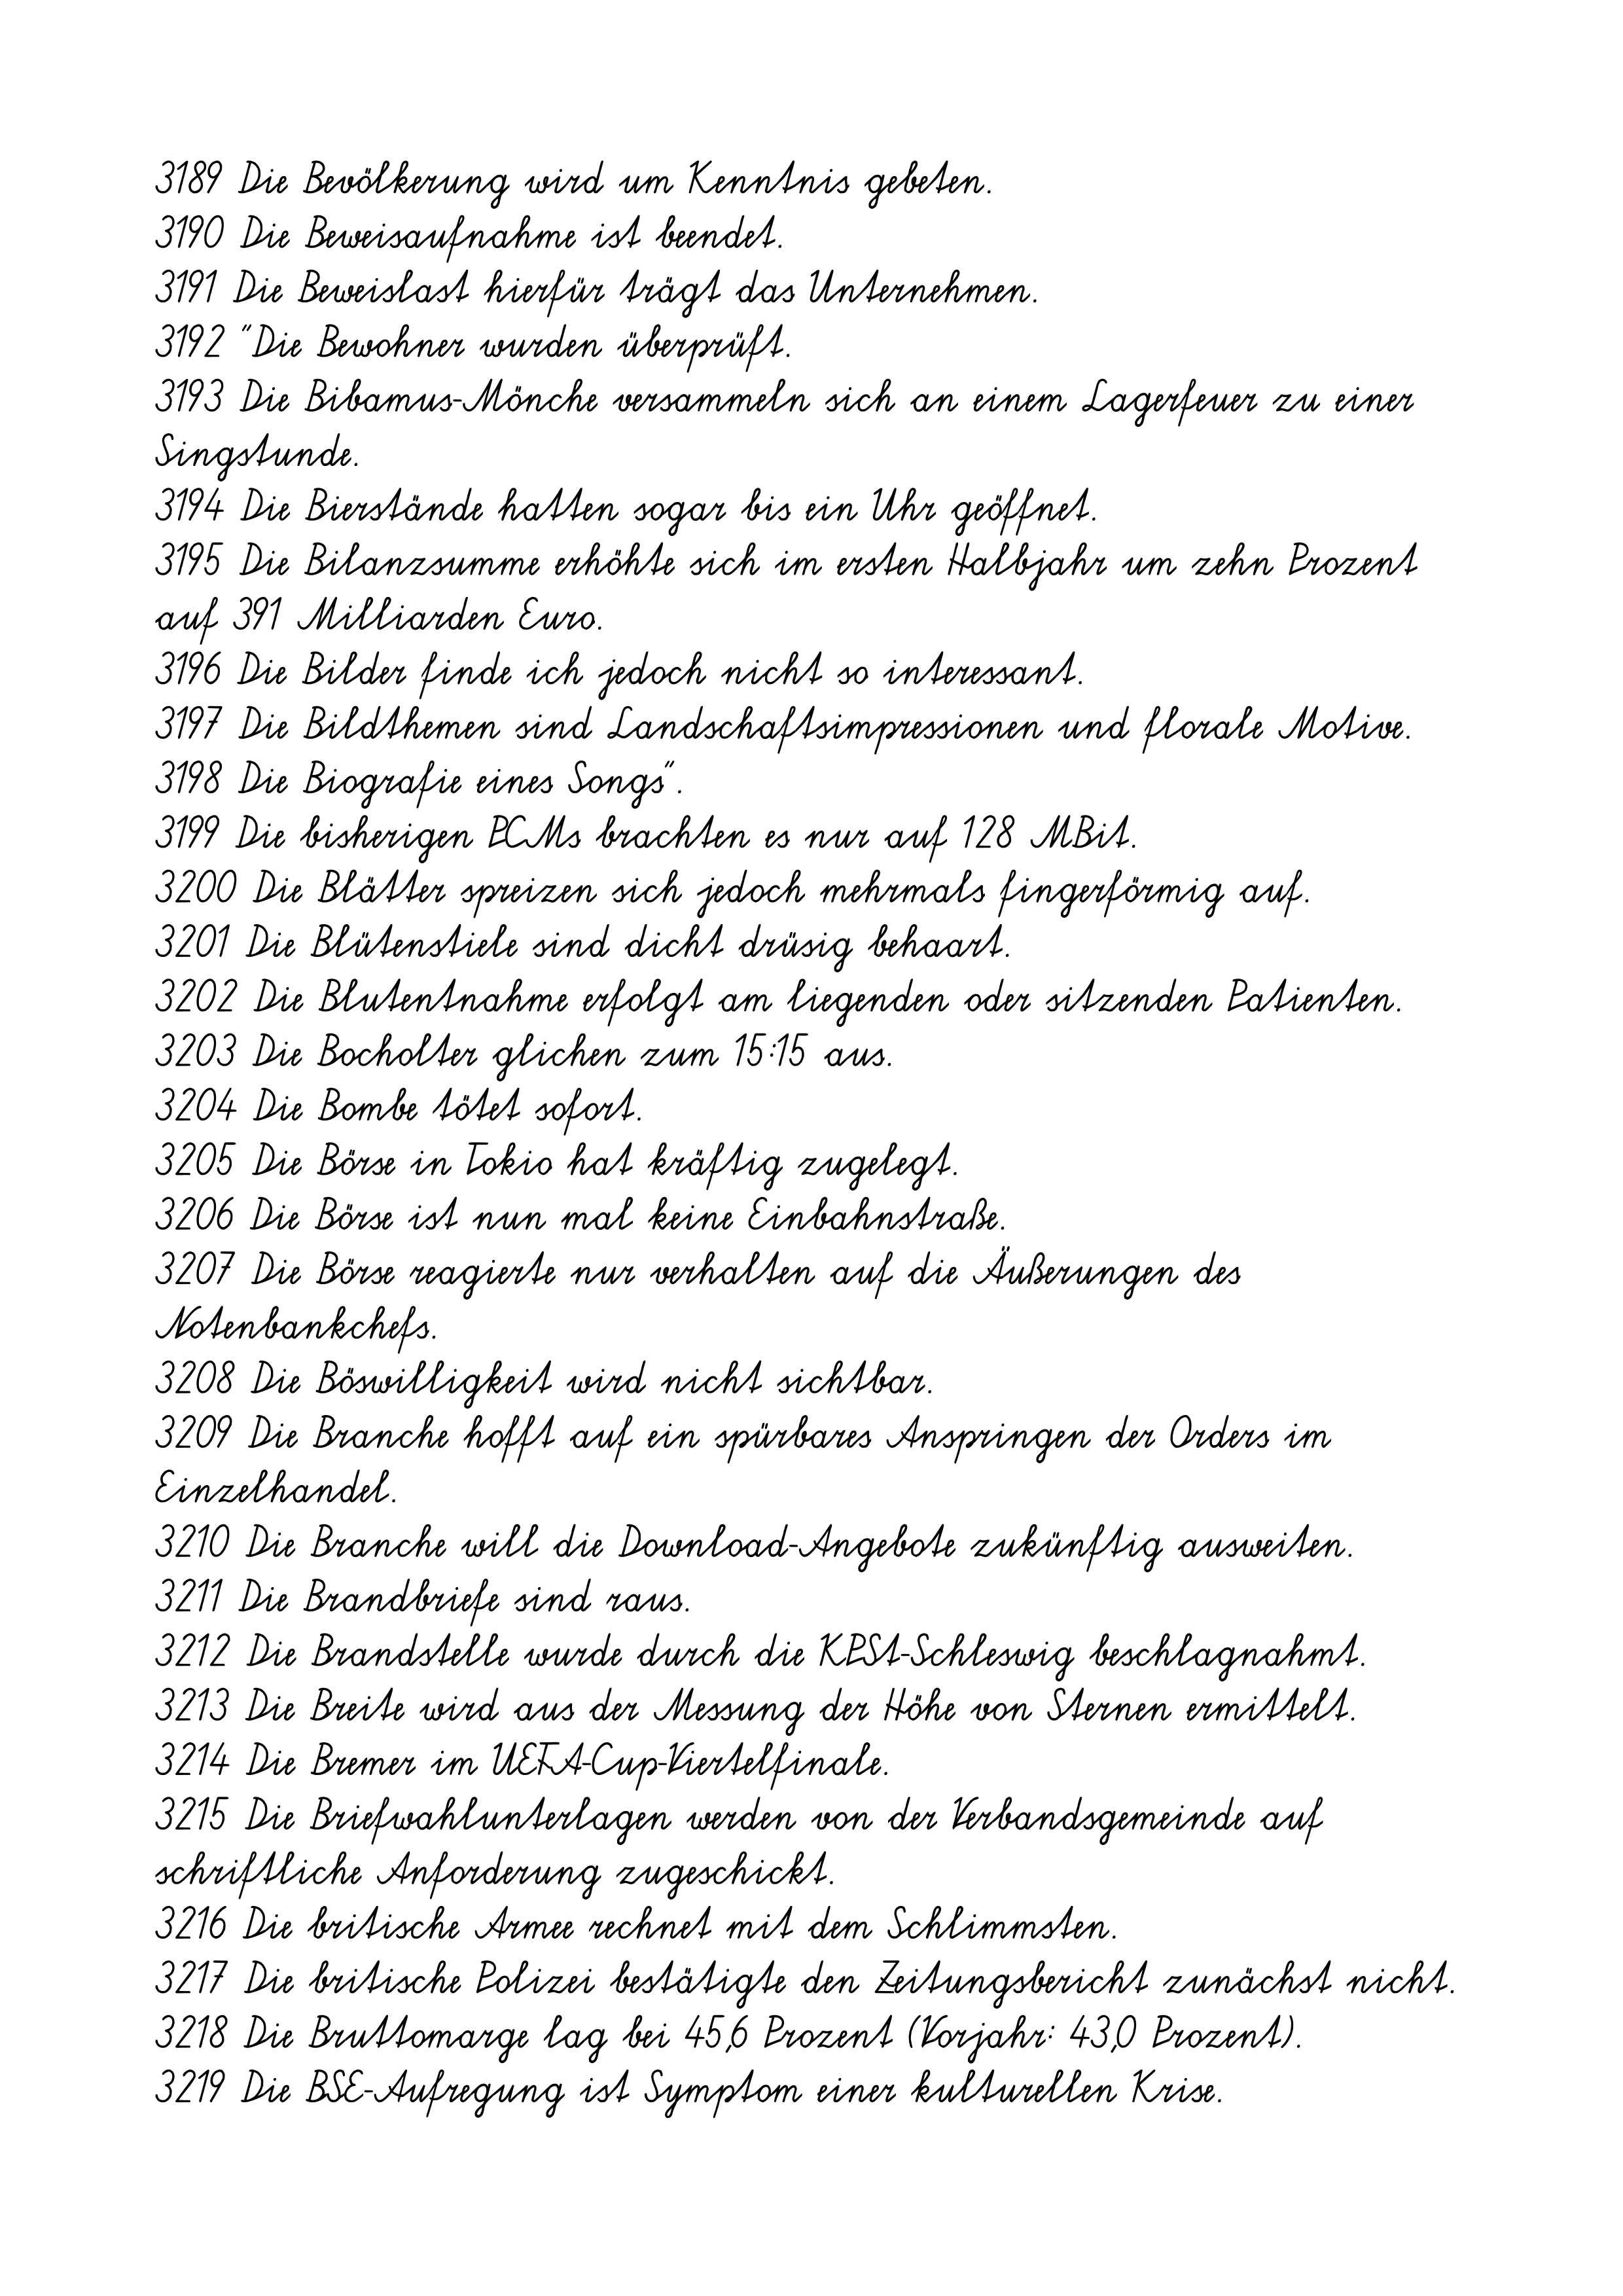
3189 Die Bevölkerung wird um Kenntnis gebeten.
3190 Die Beweisaufnahme ist beendet.
3191 Die Beweislast hierfür trägt das Unternehmen.
3192 "Die Bewohner wurden überprüft.
3193 Die Bibamus-Mönche versammeln sich an einem Lagerfeuer zu einer
Singstunde.
3194 Die Bierstände hatten sogar bis ein Uhr geöffnet.
3195 Die Bilanzsumme erhöhte sich im ersten Halbjahr um zehn Prozent
auf 391 Milliarden Euro.
3196 Die Bilder finde ich jedoch nicht so interessant.
3197 Die Bildthemen sind Landschaftsimpressionen und florale Motive.
3198 Die Biografie eines Songs".
3199 Die bisherigen PCMs brachten es nur auf 128 MBit.
3200 Die Blätter spreizen sich jedoch mehrmals fingerförmig auf.
3201 Die Blütenstiele sind dicht drüsig behaart.
3202 Die Blutentnahme erfolgt am liegenden oder sitzenden Patienten.
3203 Die Bocholter glichen zum 15:15 aus.
3204 Die Bombe tötet sofort.
3205 Die Börse in Tokio hat kräftig zugelegt.
3206 Die Börse ist nun mal keine Einbahnstraße.
3207 Die Börse reagierte nur verhalten auf die Äußerungen des
Notenbankchefs.
3208 Die Böswilligkeit wird nicht sichtbar.
3209 Die Branche hofft auf ein spürbares Anspringen der Orders im
Einzelhandel.
3210 Die Branche will die Download-Angebote zukünftig ausweiten.
3211 Die Brandbriefe sind raus.
3212 Die Brandstelle wurde durch die KPSt-Schleswig beschlagnahmt.
3213 Die Breite wird aus der Messung der Höhe von Sternen ermittelt.
3214 Die Bremer im UEFA-Cup-Viertelfinale.
3215 Die Briefwahlunterlagen werden von der Verbandsgemeinde auf
schriftliche Anforderung zugeschickt.
3216 Die britische Armee rechnet mit dem Schlimmsten.
3217 Die britische Polizei bestätigte den Zeitungsbericht zunächst nicht.
3218 Die Bruttomarge lag bei 45,6 Prozent (Vorjahr: 43,0 Prozent).
3219 Die BSE-Aufregung ist Symptom einer kulturellen Krise.